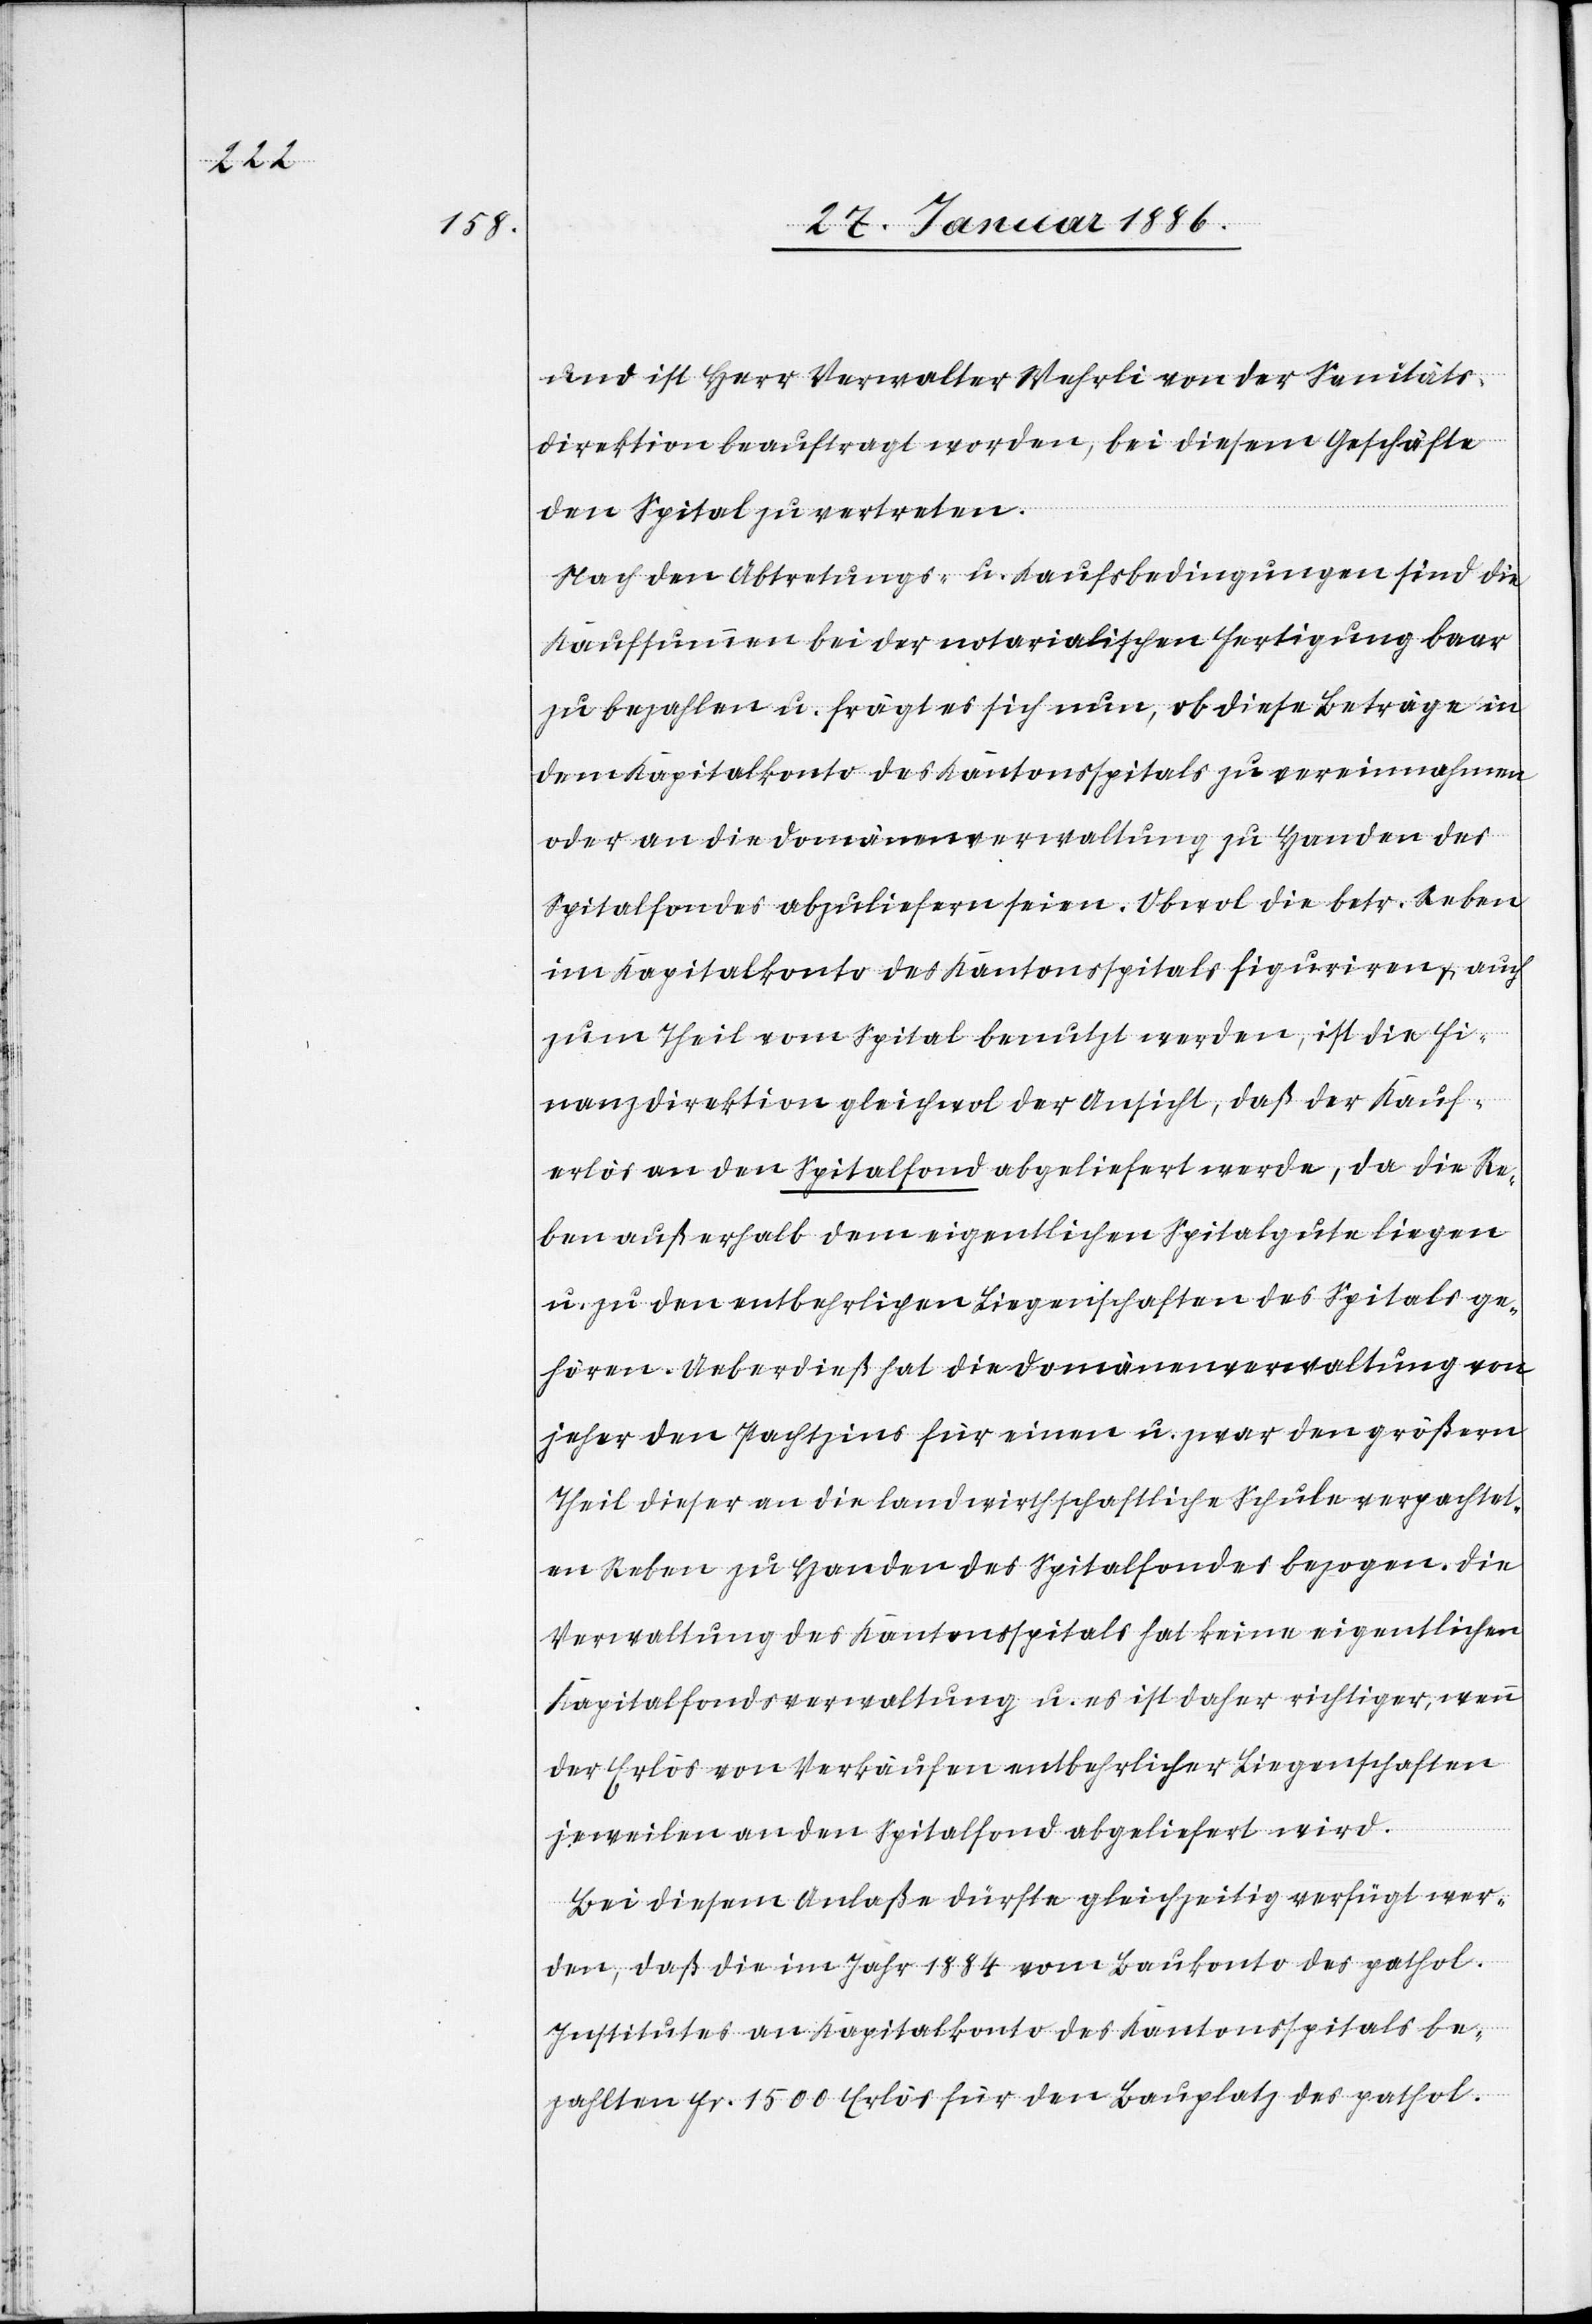
chen

und ist Herr Verwalter Wehrli von der Sanitäts¬
direktion beauftragt worden, bei diesem Geschäfte
den Spital zu vertreten.
Nach den Abtretung- u. Kaufsbedingungen ist die
Kaufsummen bei der notarialischen Fertigung baar
zu bezahlen u. frägt es sich nun, ob diese Beträge an
dem Kapitalkonto des Kantonsspitals zu vereinnahmen
oder an die Domänenverwaltung zu Handen des
Spitalfondes abzuliefern seien. Obwol die betr. Reben
im Kapitalkonto des Kantonsspitals figurieren, auch
zum Theil vom Spital benutzt werden, ist die Fi¬
nanzdirektion gleichwol der Ansicht, daß der Kauf¬
erlös an den Spitalfond abgeliefert werde, da die Re¬
ben außerhalb dem eigentlichen Spitalgute liegen
u. zu den entbehrlichen Liegenschaften des Spitals ge¬
hören. Ueberdieß hat die Domänenverwaltung von
jeher den Pachtzins für eine u. zwar den größern
Theil dieser an die landwirthschaftlichen Schule verpachtet¬
en Reben zu Handen des Spitalfondes bezogen. Die
Verwaltung des Kantonsspitals hat keine eigentliche
Kapitalfondsverwaltung u. es ist daher richtiger, wenn
der Erlös von Verkäufen entbehrlicher Liegenschaften
jeweilen an den Spitalfond abgeliefert wird.
Bei diesem Anlaße dürfte gleichzeitig verfügt wer¬
den, daß die im Jahr 1884 vom Baukonto des pathol¬
Institutes an Kapitalkonto des Kantonsspitals be¬
zahlten Fr. 1500 Erlös für den Bauplatz des pathol.